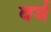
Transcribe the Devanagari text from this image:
वर्ञ